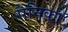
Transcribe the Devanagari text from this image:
सैनिकोँ